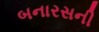
બનારસની